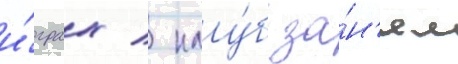
и́грах / клу́б за́н'ял